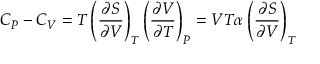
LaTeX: C _ { P } - C _ { V } = T \left( { \frac { \partial S } { \partial V } } \right) _ { T } \left( { \frac { \partial V } { \partial T } } \right) _ { P } = V T \alpha \left( { \frac { \partial S } { \partial V } } \right) _ { T }